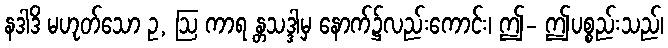
နဒါဒိ မဟုတ်သော ဥ, ဩ ကာရ န္တသဒ္ဒါမှ နောက်၌လည်းကောင်း၊ ဤ- ဤပစ္စည်းသည်၊